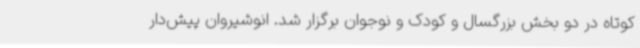
کوتاه در دو بخش بزرگسال و کودک و نوجوان برگزار شد. انوشیروان پیش‌دار